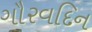
ગૌરવદિન